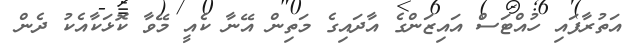
އަތުރާފައި ހުއްޓަސް އައިޒަންގެ އާދައިގެ މަތިން އޭނާ ކެއީ މޭވާ ކޮޅަކާއެކު ދެން